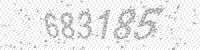
Solution: 683185